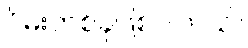
ဂိမ်းတစ်ခုဖြစ်ပါတယ်။